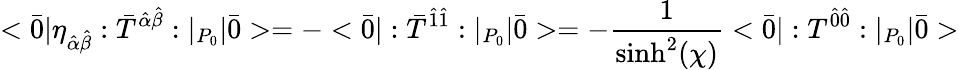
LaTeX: <\bar{0}|\eta_{\hat{\alpha}\hat{\beta}}:\bar{T}^{\hat{\alpha}\hat{\beta}}:|_{P_{0}}|\bar{0}>=-<\bar{0}|:\bar{T}^{\hat{1}\hat{1}}:|_{P_{0}}|\bar{0}>=-\frac{1}{\sinh^{2}(\chi)}<\bar{0}|:T^{\hat{0}\hat{0}}:|_{P_{0}}|\bar{0}>